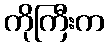
ကိုကြီးက